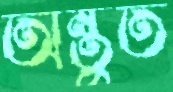
অন্তুত